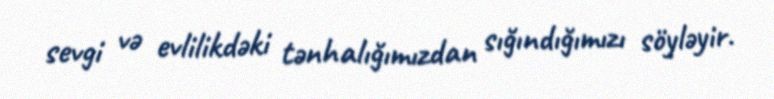
sevgi və evlilikdəki tənhalığımızdan sığındığımızı söyləyir.